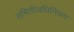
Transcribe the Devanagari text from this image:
समितीअधिनियम